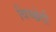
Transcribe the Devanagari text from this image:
विच्छेदी